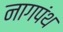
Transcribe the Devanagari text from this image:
नागपंथ